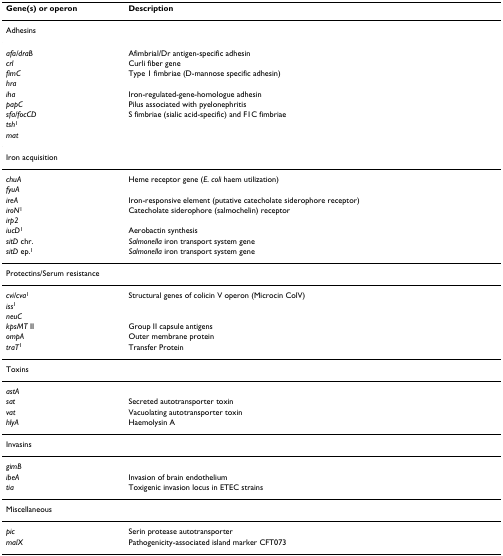
<table><thead><tr><td><b>Gene(s) or operon</b></td><td><b>Description</b></td></tr></thead><tbody><tr><td colspan="2">Adhesins</td></tr><tr><td><i>afa/draB</i></td><td>Afimbrial/Dr antigen-specific adhesin</td></tr><tr><td><i>crl</i></td><td>Curli fiber gene</td></tr><tr><td><i>fimC</i></td><td>Type 1 fimbriae (D-mannose specific adhesin)</td></tr><tr><td><i>hra</i></td><td>[EMPTY_CELL]</td></tr><tr><td><i>iha</i></td><td>Iron-regulated-gene-homologue adhesin</td></tr><tr><td><i>papC</i></td><td>Pilus associated with pyelonephritis</td></tr><tr><td><i>sfa/focCD</i></td><td>S fimbriae (sialic acid-specific) and F1C fimbriae</td></tr><tr><td><i>tsh</i><sup>1</sup></td><td>[EMPTY_CELL]</td></tr><tr><td><i>mat</i></td><td>[EMPTY_CELL]</td></tr><tr><td colspan="2">Iron acquisition</td></tr><tr><td><i>chuA</i></td><td>Heme receptor gene (<i>E. coli </i>haem utilization)</td></tr><tr><td><i>fyuA</i></td><td>[EMPTY_CELL]</td></tr><tr><td><i>ireA</i></td><td>Iron-responsive element (putative catecholate siderophore receptor)</td></tr><tr><td><i>iroN</i><sup>1</sup></td><td>Catecholate siderophore (salmochelin) receptor</td></tr><tr><td><i>irp2</i></td><td>[EMPTY_CELL]</td></tr><tr><td><i>iucD</i><sup>1</sup></td><td>Aerobactin synthesis</td></tr><tr><td><i>sitD </i>chr.</td><td><i>Salmonella </i>iron transport system gene</td></tr><tr><td><i>sitD </i>ep.<sup>1</sup></td><td><i>Salmonella </i>iron transport system gene</td></tr><tr><td colspan="2">Protectins/Serum resistance</td></tr><tr><td><i>cvi/cva</i><sup>1</sup></td><td>Structural genes of colicin V operon (Microcin ColV)</td></tr><tr><td><i>iss</i><sup>1</sup></td><td>[EMPTY_CELL]</td></tr><tr><td><i>neuC</i></td><td>[EMPTY_CELL]</td></tr><tr><td><i>kpsMT </i>II</td><td>Group II capsule antigens</td></tr><tr><td><i>ompA</i></td><td>Outer membrane protein</td></tr><tr><td><i>traT</i><sup>1</sup></td><td>Transfer Protein</td></tr><tr><td>Toxins</td><td>[EMPTY_CELL]</td></tr><tr><td><i>astA</i></td><td>[EMPTY_CELL]</td></tr><tr><td><i>sat</i></td><td>Secreted autotransporter toxin</td></tr><tr><td><i>vat</i></td><td>Vacuolating autotransporter toxin</td></tr><tr><td><i>hlyA</i></td><td>Haemolysin A</td></tr><tr><td>Invasins</td><td>[EMPTY_CELL]</td></tr><tr><td><i>gimB</i></td><td>[EMPTY_CELL]</td></tr><tr><td><i>ibeA</i></td><td>Invasion of brain endothelium</td></tr><tr><td><i>tia</i></td><td>Toxigenic invasion locus in ETEC strains</td></tr><tr><td>Miscellaneous</td><td>[EMPTY_CELL]</td></tr><tr><td><i>pic</i></td><td>Serin protease autotransporter</td></tr><tr><td><i>malX</i></td><td>Pathogenicity-associated island marker CFT073</td></tr></tbody></table>